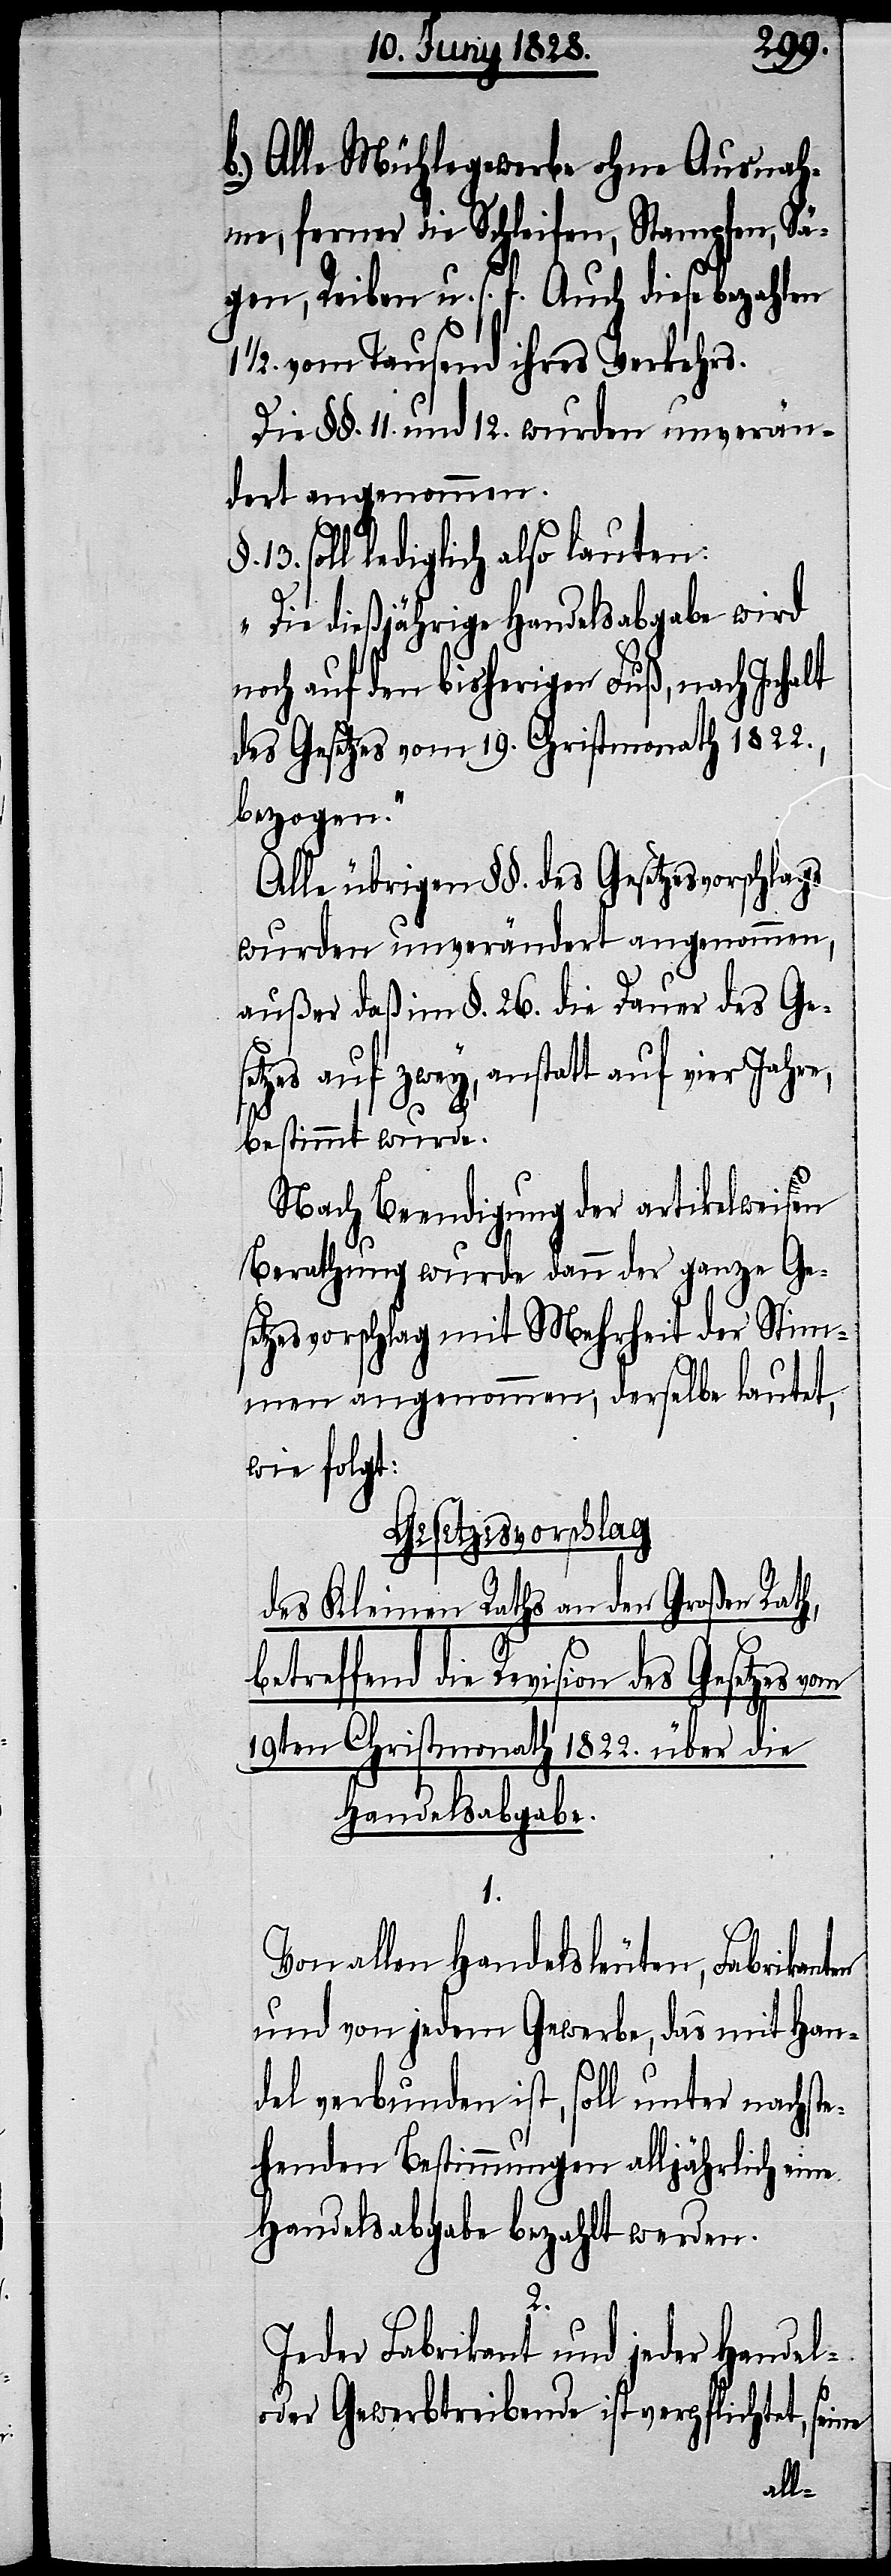
Alle Mühlegewerbe ohne Ausnah¬
me, ferner die Schleifen, Stampfen, Sä¬
gen, Reiben u. s f. Auch diese bezahlen
1/2. vom Tausend ihres Verkehrs.
Die §§. 11. und 12. wurden unverän¬
dert angenommen.
13. soll lediglich also lauten:
„Die dießjährige Handelsabgabe wird
noch auf den bisherigen Fuß, nach Inhalt
des Gesetzes vom 19. Christmonath 1822.,
bezogen.“
Alle übrigen §§. des Gesetzesvorschlags
wurden unverändert angenommen,
außer daß im §. 26. die Dauer des Ges¬
etzes auf zwey, anstatt auf vier Jahre,
bestimmt wurde.
Nach Beendigung der artikelweisen
Berathung wurde dann der ganze Ge¬
setzesvorschlag mit Mehrheit der Stim¬
men angenommen, derselbe lautet,
wie folgt:
Gesetzesvorschlag
des Kleinen Raths an den Großen Rath,
betreffend die Revision des
19ten Christmonath 1822. über die
Handelsabgabe.
ne
Von allen Handelsleuten, Fabrikan¬
und von jedem Gewerbe, das mit Han¬
del verbunden ist, soll unter nachste¬
henden Bestimmungen alljährlich eine
Handelsabgabe bezahlt werden.
2.
Jeder Fabrikant und jeder Handel-
oder Gewerbtreibende ist verpflichtet, sei¬